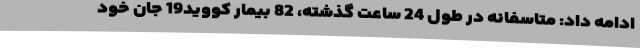
ادامه داد: متاسفانه در طول 24 ساعت گذشته، 82 بیمار کووید19 جان خود